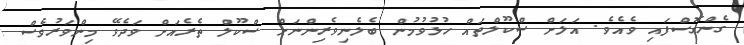
ގެންގޮސްފައި ވެއެވެ. އަލަށް ސްކޫލްތައް ހުޅުވުމުން ބެލެނިވެރިންނަށް ސްކޫލް ތެރެއަށް ވަދެވޭ މިންވަރުވެސް